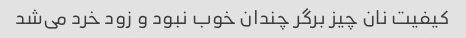
کیفیت نان چیز برگر چندان خوب نبود و زود خرد می‌شد